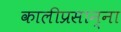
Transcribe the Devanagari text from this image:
कालीप्रसान्ना